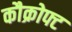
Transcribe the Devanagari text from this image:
कौक्रोफ्ट